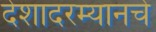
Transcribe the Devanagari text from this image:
देशादरम्यानचे